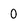
Character: 0